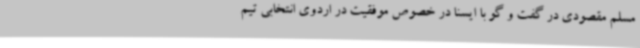
مسلم مقصودی در گفت و گو با ایسنا در خصوص موفقیت در اردوی انتخابی تیم